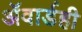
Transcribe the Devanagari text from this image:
ॲवार्डही